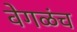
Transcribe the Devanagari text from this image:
वेगळंच